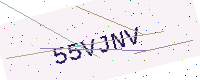
Text: 55VJNV